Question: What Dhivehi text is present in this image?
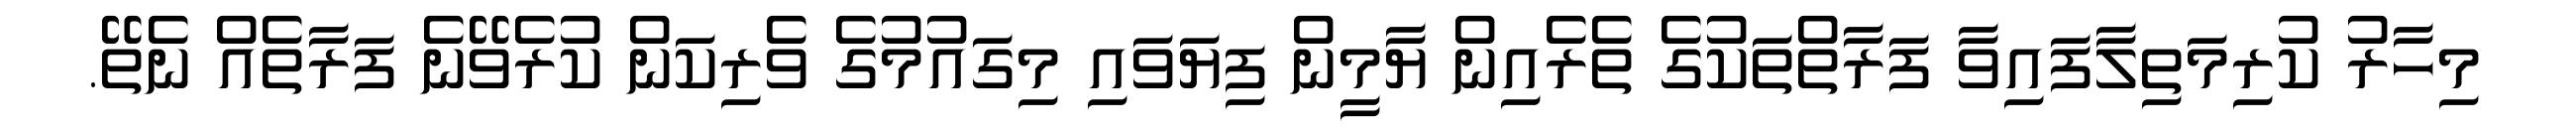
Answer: މިހާރު ކުރިމަތިލާފައިވާ ފަރާތްތަކުގެ ތެރެއިން ޔާމީން ފިޔަވައި މިގައުމުގެ ވެރިކަން ކުރެވޭނެ ފަރާތެއް ނެތޭ.